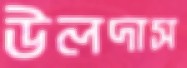
উলদাস